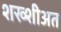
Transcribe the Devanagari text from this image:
शख्शीअत